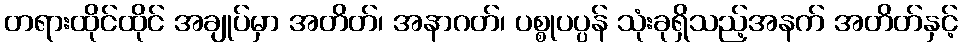
တရားထိုင်ထိုင် အချုပ်မှာ အတိတ်၊ အနာဂတ်၊ ပစ္စုပပ္ပန် သုံးခုရှိသည့်အနက် အတိတ်နှင့်